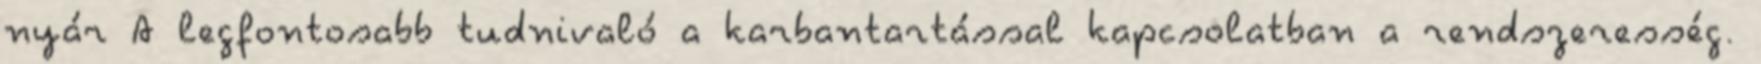
nyár A legfontosabb tudnivaló a karbantartással kapcsolatban a rendszeresség.